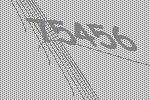
75456